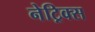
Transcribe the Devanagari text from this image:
नेट्रिक्स